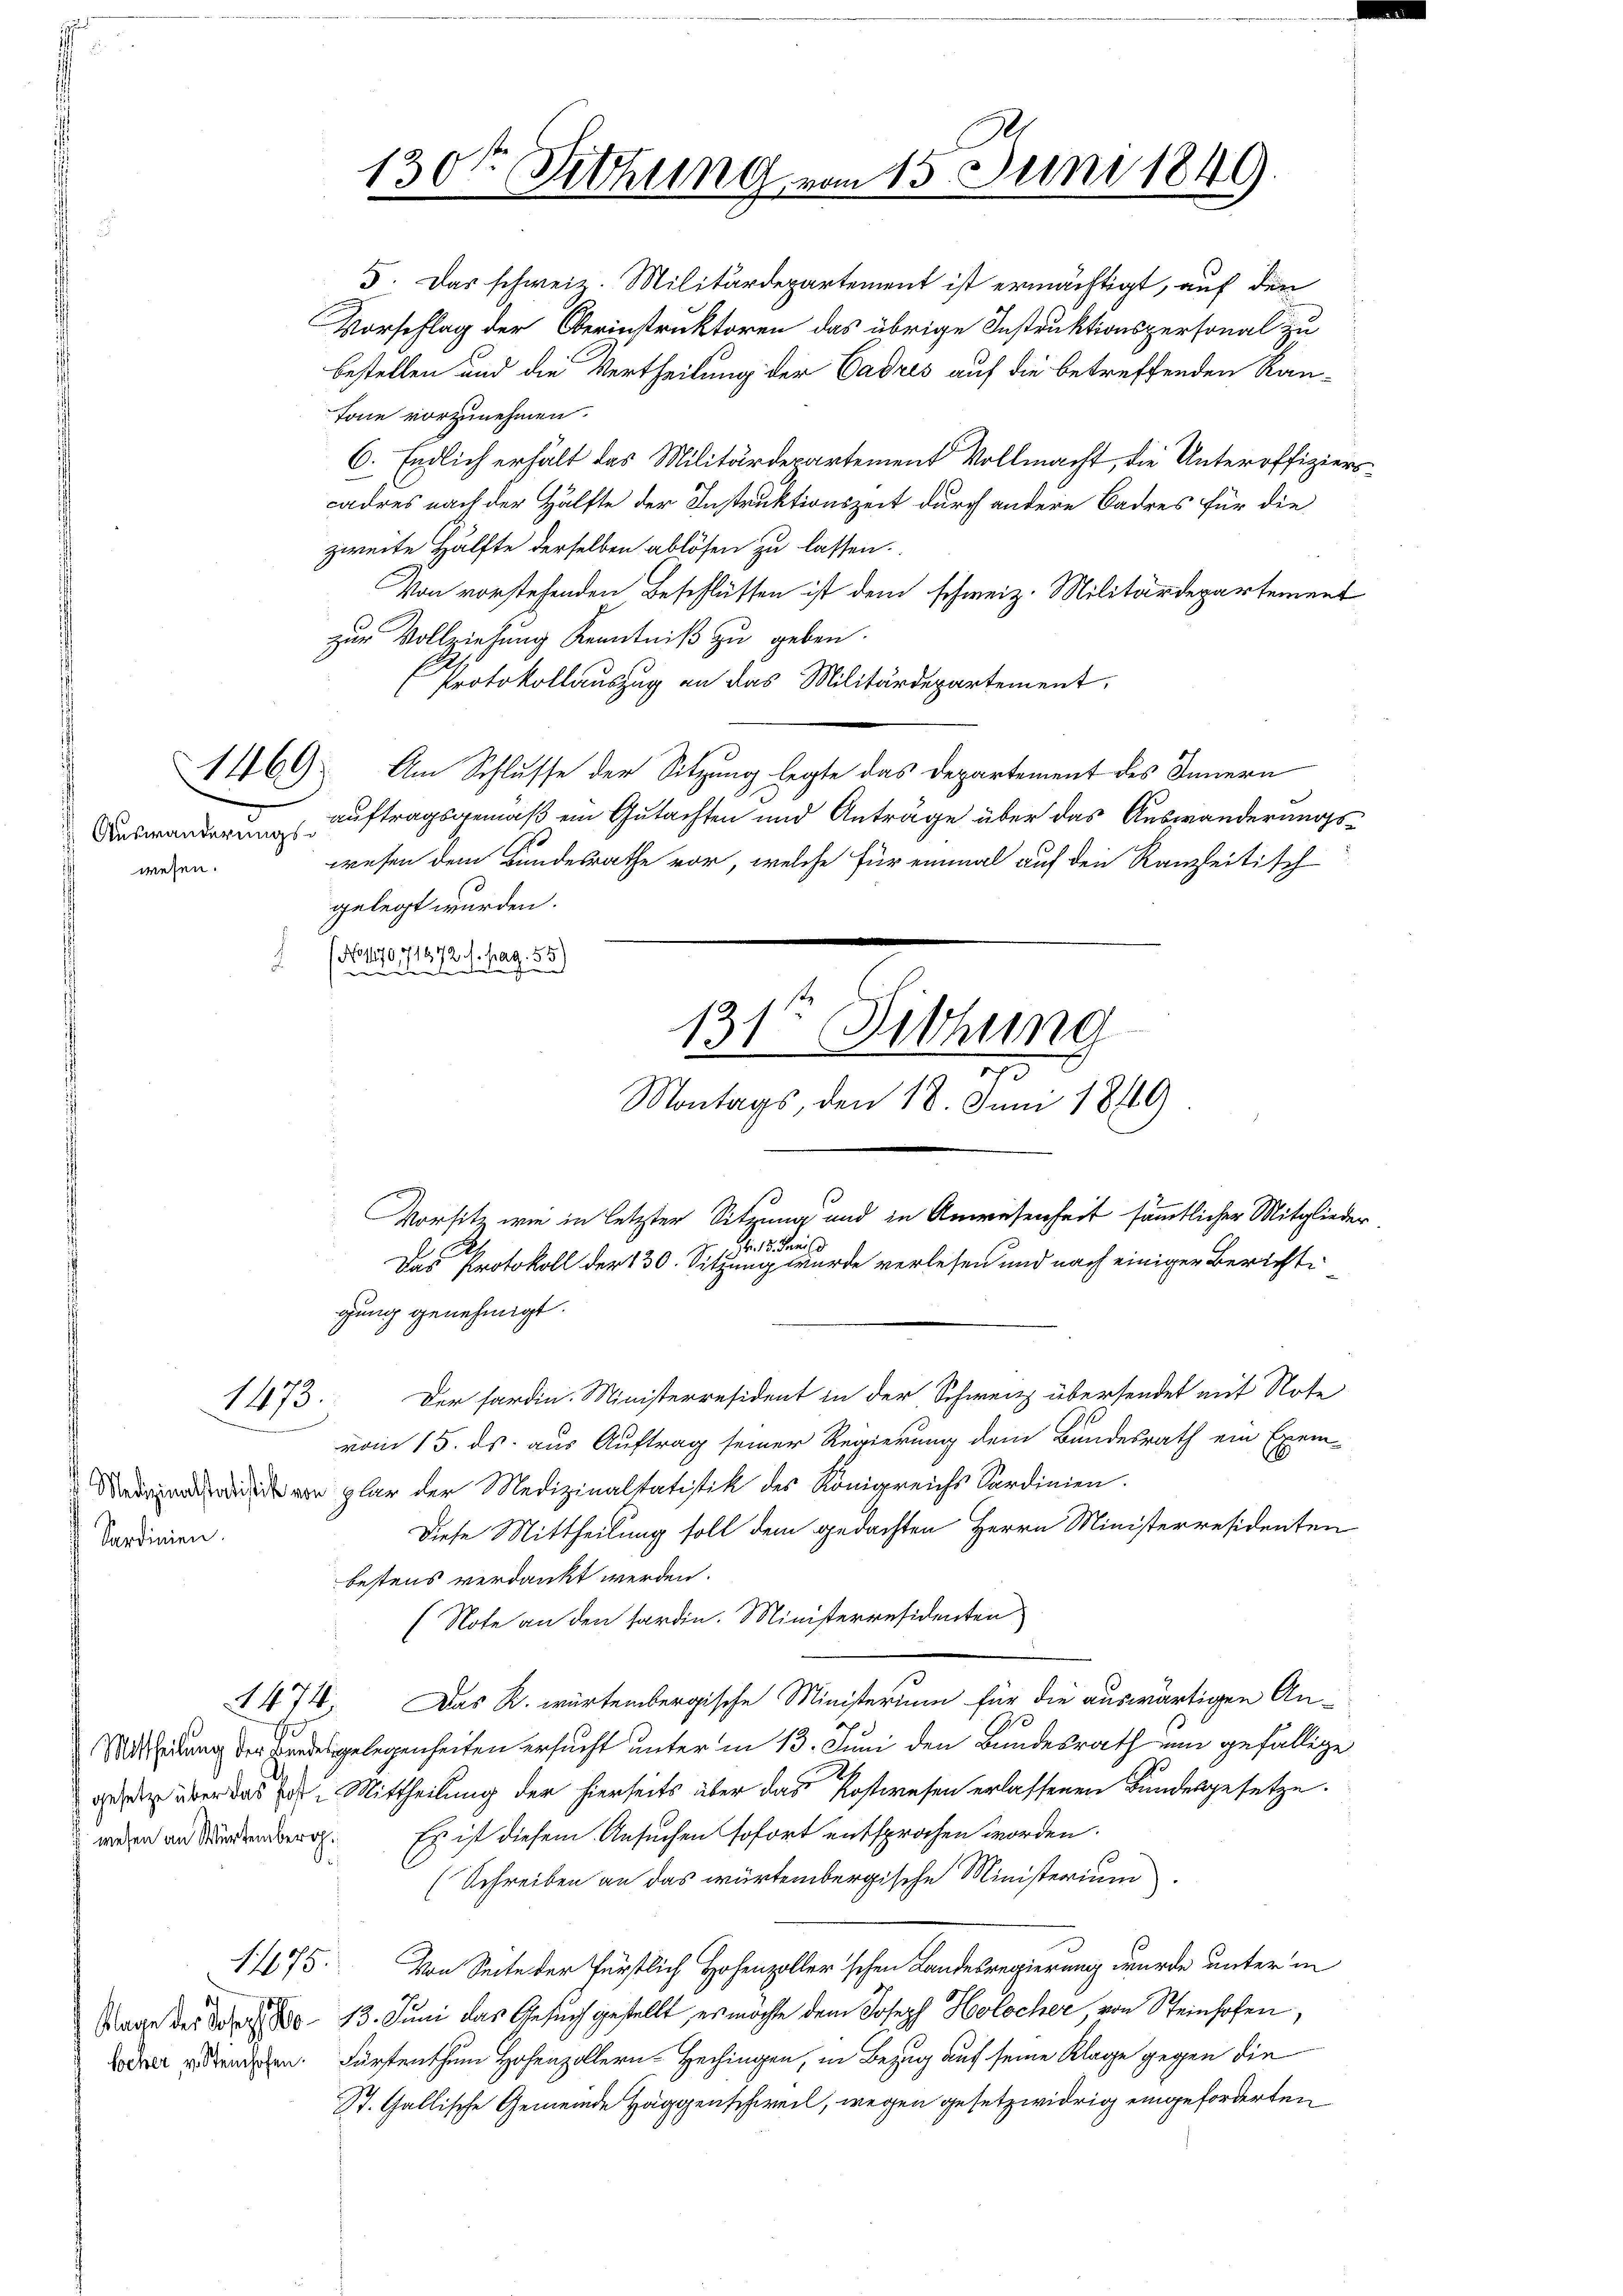
wesen.

1473.

Sardinien.

5. Das schweiz. Militärdepartement ist ermächtigt, auf den
Vorschlag der Oberinstruktoren das übrige Instruktionspersonal zu
bestellen und die Vertheilung der Cadres auf die betreffenden Kan¬
Tone vorzunehmen.
6. Endlich erhält das Militärdepartement Vollmacht, die Unteroffizierscadres nach der Hälfte der Instruktionszeit durch andere Badres für die
zweite Hälfte derselben ablösen zu lassen.
Von vorstehenden Beschlüssen ist dem schweiz. Militärdepartement
zur Vollziehung Kenntniß zu geben.
Protokollauszug an das Militärdepartement.
1469. Am Schlusse der Sitzung legte das Departement des Innern
Auswander Auftragsgemäß ein Gutachten und Anträge über das Auswanderungswesen dem Bundesrathe vor, welche für einmal auf den Kanzleitisch
gelegt wurden.
(No 1170, 71872
f. pag. 55)
ude
Vorsitz wie in letzter Sitzung und in Anwesenheit sämmtlicher Mitglieder
Fr. 18. Feri
Das Protokoll der 130. Sitzung wurde verlesen und nach einiger Berichte
gung genehmigt.
Der fardin. Ministerresident in der Schweiz übersendet mit Note
vom 15. ds. aus Auftrag seiner Regierung dem Bundesrath ein Exem¬
 plar der Medizinaltatistik des Königreichs Sardinien.
Diese Mittheilung soll dem gedachten Herrn Ministerresidenten
bestens verdankt werden.
(Note an den forden. Ministerresidenten
A 474. Das K. würtembergische Ministerium für die auswärtigen Anutscheidung der Findes gelegenheiten ersucht unter in 13. Juni den Bundesrath um gefällige
gesetz über das vor. Mittheilung der hierseits über das Postwesen erlassenen Bundesgesetze.
wegen an Sr. Es ist diesem Ansuchen sofort entsprochen worden.
(Schreiben an das würtembergische Ministerium.
11175.
Von Seite der Fürstlich Hohenzoller'schen Landesregierung wurde unter in
Tage der das 13. Juni das Gesuch gestellt, es möchte dem Joseph Holocher, von Steinhofen,
oder gestenden. Fürstenthum Hohenzollern-Hechingen, in Bezug auf seine Klage gegen die
St. Gallische Gemeinde Häggenschweil, wegen gesetzwidrig eingeforderten

130 Sitzung vom 15. Juni 1849.

131ten Dichung
Montags, den 18. Juni 1849

A.